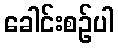
ခေါင်းစဉ်ပါ